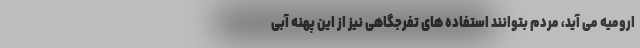
ارومیه می آید، مردم بتوانند استفاده های تفرجگاهی نیز از این پهنه آبی